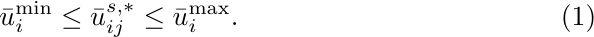
\begin{equation}\label{eq:constraints}
   \bar u_i^{\min} \le \bar u_{ij}^{s,*}\le \bar u_i^{\max}.
\end{equation}